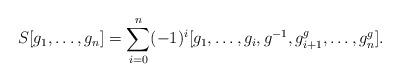
LaTeX: \begin{align*} S[g_1,\ldots,g_n] = \sum_{i=0}^n (-1)^i [g_1,\ldots,g_i, g^{-1}, g_{i+1}^g, \ldots, g_n^g]. \end{align*}